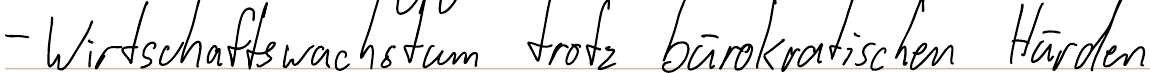
- Wirtschaftswachstum trotz bürokratischen Hürden